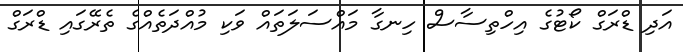
އަދި ޑްރަގް ކޯޓުގެ އިހްތިސާސް ހިނގާ މައްސަލަތައް ވަކި މުއްދަތެއްގެ ތެރޭގައި ޑްރަގް